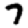
Digit: 7